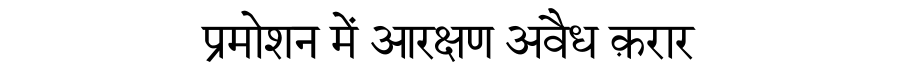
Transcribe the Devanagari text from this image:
प्रमोशन में आरक्षण अवैध क़रार